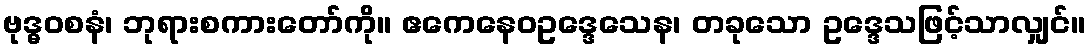
ဗုဒ္ဓဝစနံ၊ ဘုရားစကားတော်ကို။ ဧကေနေဝဥဒ္ဒေသေန၊ တခုသော ဥဒ္ဒေသဖြင့်သာလျှင်။